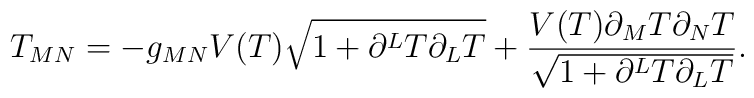
T_{MN} = -g_{MN}V(T)\sqrt{1+\partial^LT\partial_LT}  +\frac{V(T)\partial_MT\partial_NT}   {\sqrt{1+\partial^LT\partial_LT}}.